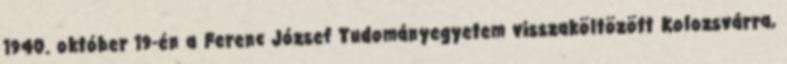
1940. október 19-én a Ferenc József Tudományegyetem visszaköltözött Kolozsvárra,